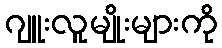
ဂျူးလူမျိုးများကို